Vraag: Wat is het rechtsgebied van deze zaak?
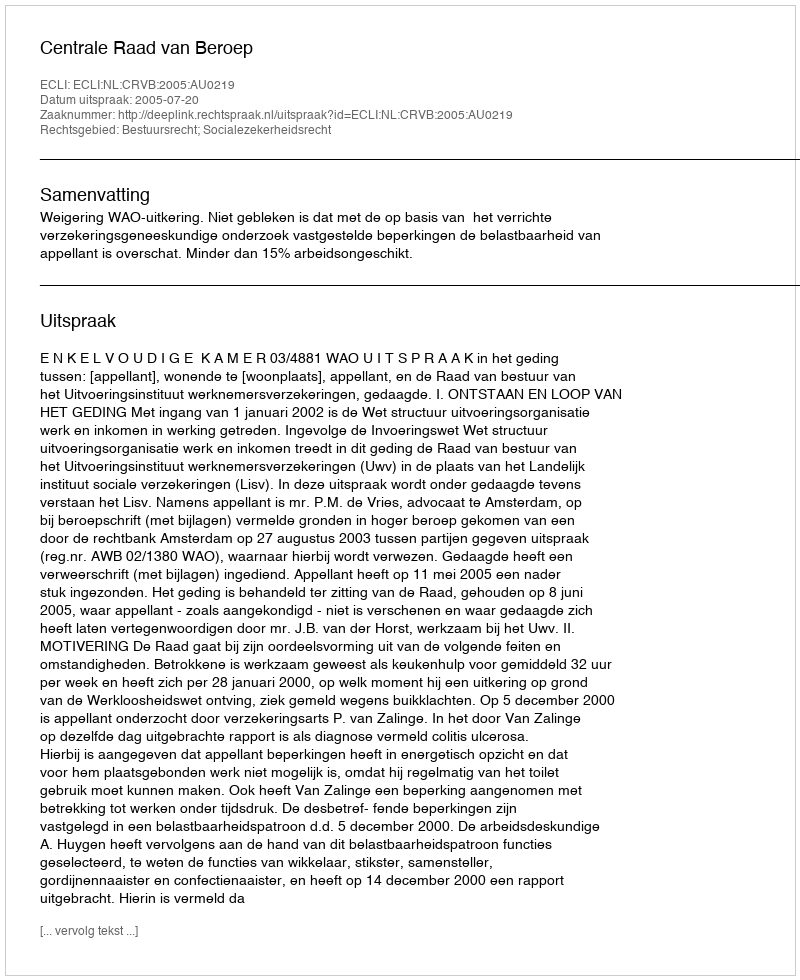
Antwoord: Bestuursrecht; Socialezekerheidsrecht